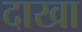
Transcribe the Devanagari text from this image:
दाखा